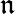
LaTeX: \mathfrak{n}